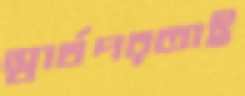
স্বার্থপরতাই